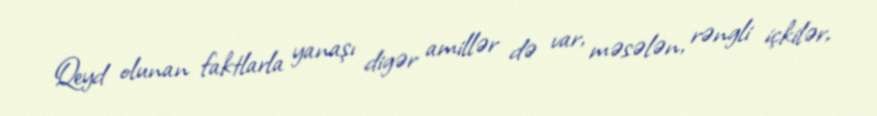
Qeyd olunan faktlarla yanaşı digər amillər də var, məsələn, rəngli içkilər,